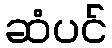
ဆံပင်